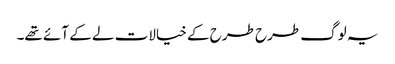
یہ لوگ طرح طرح کے خیالات لے کے آئے تھے۔